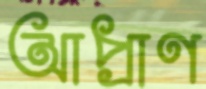
আপ্রাণ